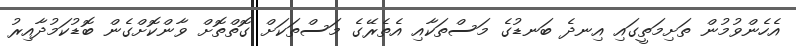
އެހެންވުމުން ތަށިމަތީގައި އިނދެ ބަނޑުގެ މަސްތަކާއި އެތެރޭގެ މަސްތަކަށް ގޮތްތޮށް ވާންކޮށްގެން ބޮޑުކަމުދާއިރު